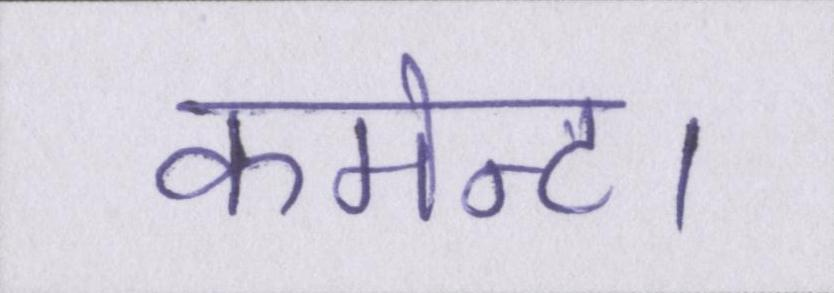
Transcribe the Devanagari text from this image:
कमेन्ट।